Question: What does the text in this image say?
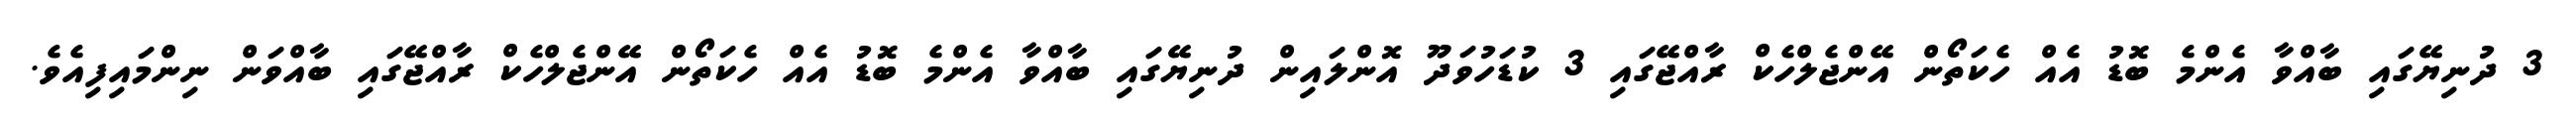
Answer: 3 ދުނިޔޭގައި ބާއްވާ އެންމެ ބޮޑު އެއް ހެކަތޯން އޭންޖެލްހެކް ރާއްޖޭގައި 3 ކުޑަހުވަދޫ އޮންލައިން ދުނިޔޭގައި ބާއްވާ އެންމެ ބޮޑު އެއް ހެކަތޯން އޭންޖެލްހެކް ރާއްޖޭގައި ބާއްވަން ނިންމައިފިއެވެ.